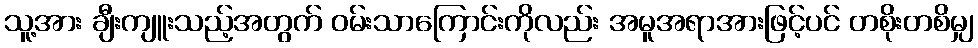
သူ့အား ချီးကျူးသည့်အတွက် ဝမ်းသာကြောင်းကိုလည်း အမူအရာအားဖြင့်ပင် တစိုးတစိမျှ